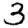
Digit: 3